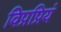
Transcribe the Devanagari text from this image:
विप्रप्रियं